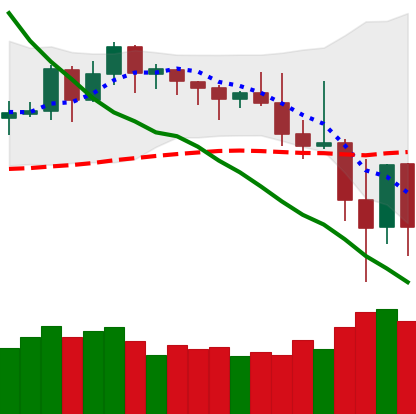
Ticker: DOGE-USD
Chart end date: 2019-11-24
Forward return: 3.848%
Label: up_3_5